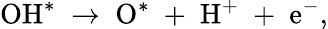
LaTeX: \mathrm{OH^{*}\; \rightarrow\; O^{*}\; +\; H^{+}\; +\; e^{-}},